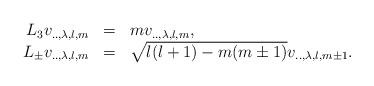
LaTeX: \begin{align*}\begin{array}{rcl} L_3 v_{..,\lambda,l,m} &=& m v_{..,\lambda,l,m},\\L_{\pm} v_{..,\lambda,l,m} &=& \sqrt{l(l+1)-m(m\pm 1)} v_{..,\lambda,l,m\pm 1}.\end{array}\end{align*}